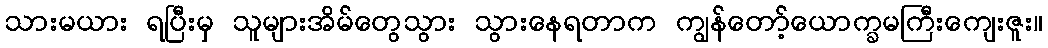
သားမယား ရပြီးမှ သူများအိမ်တွေသွား သွားနေရတာက ကျွန်တော့်ယောက္ခမကြီးကျေးဇူး။